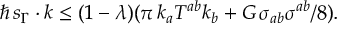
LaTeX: \hbar \, s _ { \Gamma } \cdot k \leq ( 1 - \lambda ) ( \pi \, k _ { a } T ^ { a b } k _ { b } + G \, \sigma _ { a b } \sigma ^ { a b } / 8 ) .